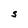
Character: S